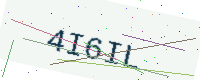
Text: 4I6IL